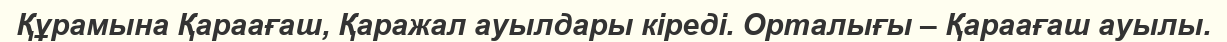
Құрамына Қараағаш, Қаражал ауылдары кіреді. Орталығы – Қараағаш ауылы.